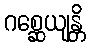
ဂစ္ဆေယျန္တိ